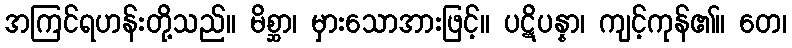
အကြင်ရဟန်းတို့သည်။ မိစ္ဆာ၊ မှားသောအားဖြင့်။ ပဋိပန္နာ၊ ကျင့်ကုန်၏။ တေ၊